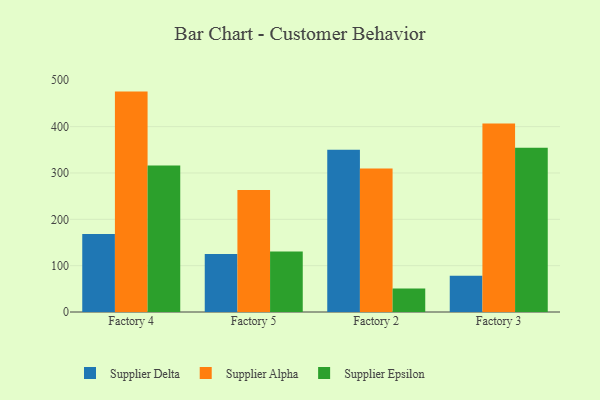
{"axis": {"x": "Factory", "y": "Churn Rate (%)"}, "legend": ["Supplier Alpha", "Supplier Delta", "Supplier Epsilon"], "data": [{"x": "Factory 4", "y": 168.5, "type": "Supplier Delta"}, {"x": "Factory 4", "y": 475.6, "type": "Supplier Alpha"}, {"x": "Factory 4", "y": 316.2, "type": "Supplier Epsilon"}, {"x": "Factory 5", "y": 125.4, "type": "Supplier Delta"}, {"x": "Factory 5", "y": 263.5, "type": "Supplier Alpha"}, {"x": "Factory 5", "y": 130.5, "type": "Supplier Epsilon"}, {"x": "Factory 2", "y": 350.3, "type": "Supplier Delta"}, {"x": "Factory 2", "y": 309.6, "type": "Supplier Alpha"}, {"x": "Factory 2", "y": 50.8, "type": "Supplier Epsilon"}, {"x": "Factory 3", "y": 78.3, "type": "Supplier Delta"}, {"x": "Factory 3", "y": 406.5, "type": "Supplier Alpha"}, {"x": "Factory 3", "y": 354.4, "type": "Supplier Epsilon"}]}